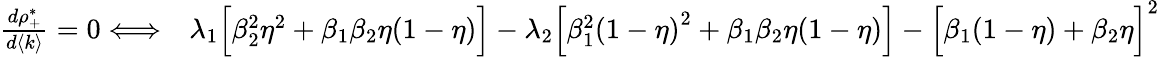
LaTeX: \begin{array}{rl}{\frac{d\rho_{+}^{*}}{d\langle k\rangle}=0\Longleftrightarrow}&{{}\lambda_{1}\Big[\beta_{2}^{2}\eta^{2}+\beta_{1}\beta_{2}\eta(1-\eta)\Big]-\lambda_{2}\Big[\beta_{1}^{2}{(1-\eta)}^{2}+\beta_{1}\beta_{2}\eta(1-\eta)\Big]-{\Big[\beta_{1}(1-\eta)+\beta_{2}\eta\Big]}^{2}}\end{array}